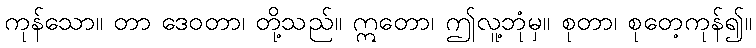
ကုန်သော။ တာ ဒေဝတာ၊ တို့သည်။ ဣတော၊ ဤလူ့ဘုံမှ။ စုတာ၊ စုတေ့ကုန်၍။